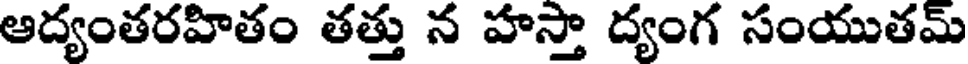
ఆద్యంతరహితం తత్తు న హస్తా ద్యంగ సంయుతమ్